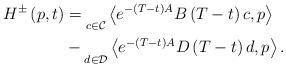
LaTeX: \begin{align*}H^{\pm}\left(p,t\right) & =\underset{c\in\mathcal{C}}{}\left\langle e^{-\left(T-t\right)A}B\left(T-t\right)c,p\right\rangle \\ & -\underset{d\in\mathcal{D}}{}\left\langle e^{-\left(T-t\right)A}D\left(T-t\right)d,p\right\rangle .\end{align*}